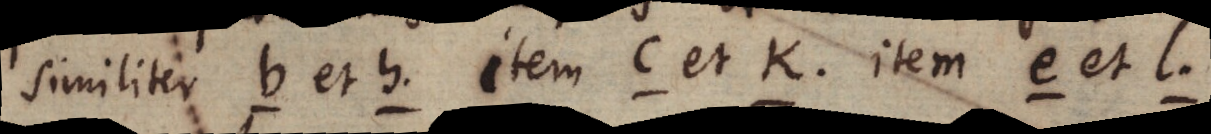
similiter b et h item c et k item e et l.